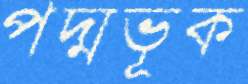
পদ্মভূক